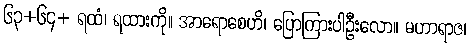
၆၃+၆၄+ ရထံ၊ ရထားကို။ အာရောစေဟိ၊ ပြောကြားပါဦးလော။ မဟာရာဇ၊